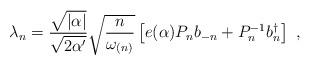
LaTeX: \begin{align*}\lambda_{n}= \frac{\sqrt{|\alpha|}}{\sqrt{2 \alpha'}} \sqrt{\frac{n}{\omega_{(n)}}} \left[e(\alpha) P_n b_{-n} + P^{-1}_n b_n^\dagger \right]~,\end{align*}